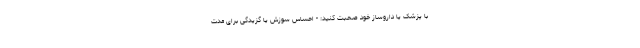
با پزشک یا داروساز خود صحبت کنید: - احساس سوزش یا گزیدگی برای مدت